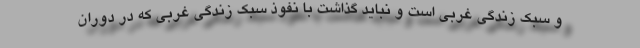
و سبک زندگی غربی است و نباید گذاشت با نفوذ سبک زندگی غربی که در دوران